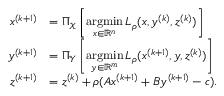
\begin{array} { r l } { x ^ { ( k + 1 ) } } & { = \Pi _ { \mathcal { X } } \left[ \underset { x \in \mathbb { R } ^ { n } } { \mathrm { a r g m i n } } \, L _ { \rho } ( x , y ^ { ( k ) } , z ^ { ( k ) } ) \right] } \\ { y ^ { ( k + 1 ) } } & { = \Pi _ { \mathcal { Y } } \left[ \underset { y \in \mathbb { R } ^ { m } } { \mathrm { a r g m i n } } \, L _ { \rho } ( x ^ { ( k + 1 ) } , y , z ^ { ( k ) } ) \right] } \\ { z ^ { ( k + 1 ) } } & { = z ^ { ( k ) } + \rho ( A x ^ { ( k + 1 ) } + B y ^ { ( k + 1 ) } - c ) . } \end{array}